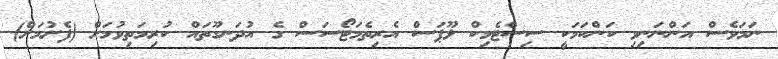
ނަމަވެސް އަންނަނިވި ކަންކަމަކީ ސިސްޓެމިކް ލޫޕަސް އެރިތެމަޓޯސަސް ގެ އުދަނގޫތައް ކުރިމަތިވުމަށް (ފެށުމަށް)